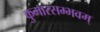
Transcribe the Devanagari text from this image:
कुमारसम्भवम्‌